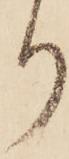
り